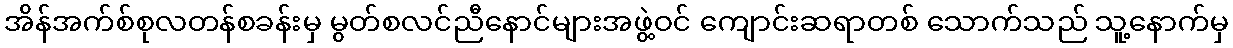
အိန်အက်စ်စုလတန်စခန်းမှ မွတ်စလင်ညီနောင်များအဖွဲ့ဝင် ကျောင်းဆရာတစ် သောက်သည် သူ့နောက်မှ